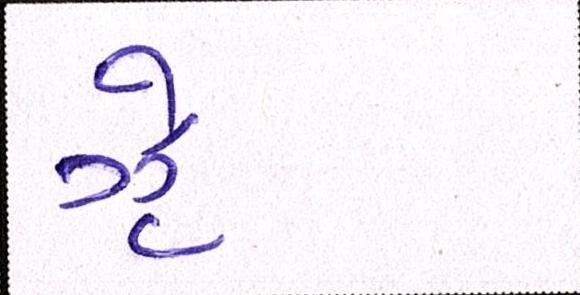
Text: ઝેૄ